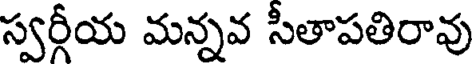
స్వర్గీయ మన్నవ సీతాపతిరావు